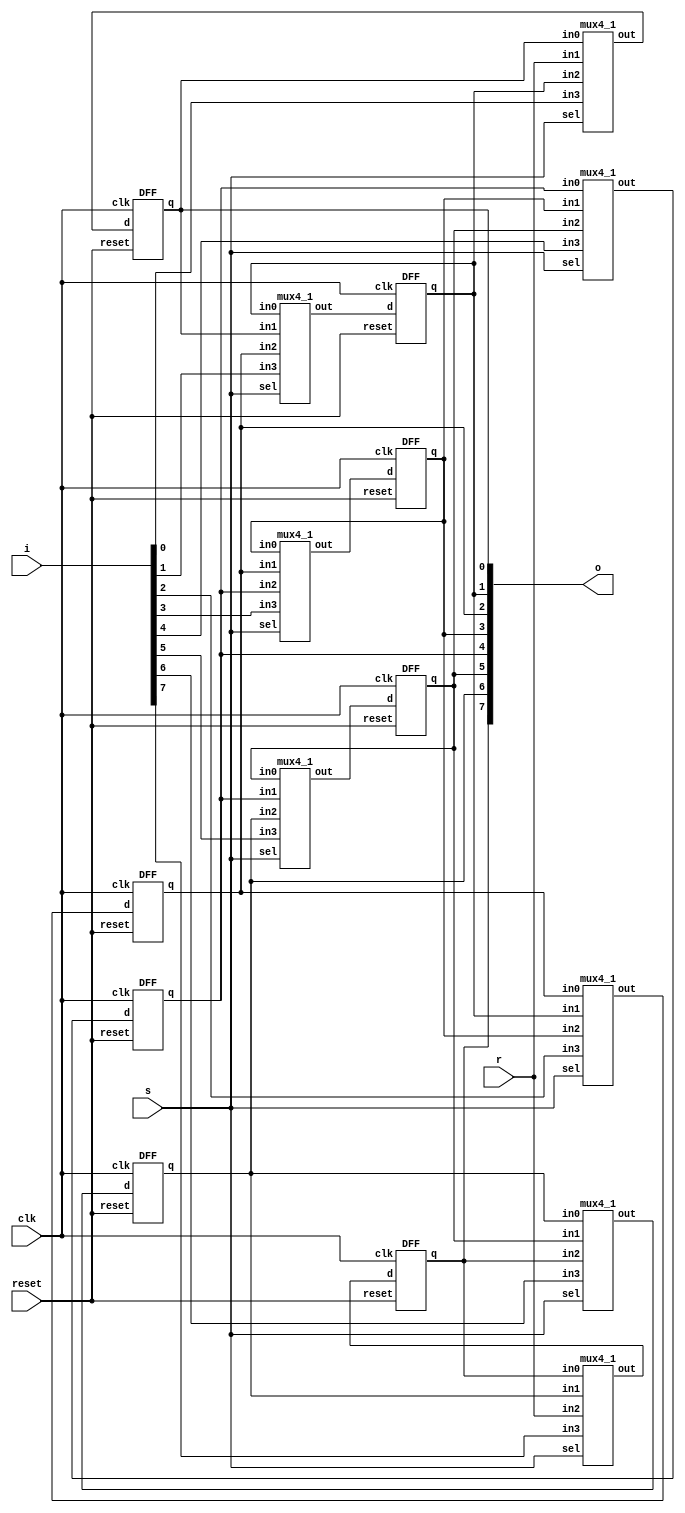
module Shift_Register (
    i,
    s,
    o,
    clk,
    reset,
    r
);

    input [7:0] i;
    input [1:0] s;
    output [7:0] o;
    input clk, reset, r;

    wire [7:0] muxout;

    DFF dff0 (
        o[0],
        muxout[0],
        clk,
        reset
    );
    DFF dff1 (
        o[1],
        muxout[1],
        clk,
        reset
    );
    DFF dff2 (
        o[2],
        muxout[2],
        clk,
        reset
    );
    DFF dff3 (
        o[3],
        muxout[3],
        clk,
        reset
    );
    DFF dff4 (
        o[4],
        muxout[4],
        clk,
        reset
    );
    DFF dff5 (
        o[5],
        muxout[5],
        clk,
        reset
    );
    DFF dff6 (
        o[6],
        muxout[6],
        clk,
        reset
    );
    DFF dff7 (
        o[7],
        muxout[7],
        clk,
        reset
    );

    mux4_1 mux0 (
        muxout[0],
        o[0],
        r,
        o[1],
        i[0],
        s[1:0]
    );
    mux4_1 mux1 (
        muxout[1],
        o[1],
        o[0],
        o[2],
        i[1],
        s[1:0]
    );
    mux4_1 mux2 (
        muxout[2],
        o[2],
        o[1],
        o[3],
        i[2],
        s[1:0]
    );
    mux4_1 mux3 (
        muxout[3],
        o[3],
        o[2],
        o[4],
        i[3],
        s[1:0]
    );
    mux4_1 mux4 (
        muxout[4],
        o[4],
        o[3],
        o[5],
        i[4],
        s[1:0]
    );
    mux4_1 mux5 (
        muxout[5],
        o[5],
        o[4],
        o[6],
        i[5],
        s[1:0]
    );
    mux4_1 mux6 (
        muxout[6],
        o[6],
        o[5],
        o[7],
        i[6],
        s[1:0]
    );
    mux4_1 mux7 (
        muxout[7],
        o[7],
        o[6],
        r,
        i[7],
        s[1:0]
    );




endmodule

module mux4_1 (
    out,
    in0,
    in1,
    in2,
    in3,
    sel
);

    output out;
    input in0, in1, in2, in3;
    input [1:0] sel;

    assign out = (in0 & ~sel[1] & ~sel[0]) | (in1 & ~sel[1] & sel[0]) | (in2 & sel[1] & ~sel[0]) | (in3 & sel[1] & sel[0]);
endmodule


module DFF (
    q,
    d,
    clk,
    reset
);

    output q;
    input d, clk, reset;
    reg q;

    always @(posedge reset or negedge clk)
        if (reset) q = 1'b0;
        else q = d;

endmodule